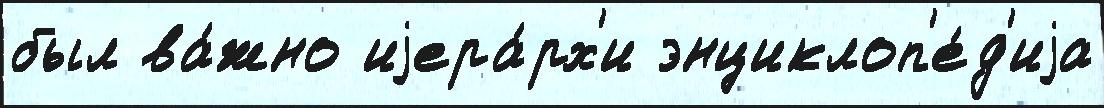
был ва́жно иjера́рх'и энциклоп'е́д'иjа